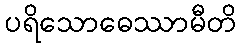
ပရိသောဓေဿာမီတိ